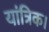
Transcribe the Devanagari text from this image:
यांत्रिक।